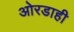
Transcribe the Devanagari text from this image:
ओरडाही